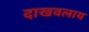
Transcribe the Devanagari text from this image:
दाखवलाय